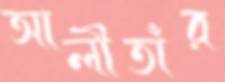
আলীতাঁর